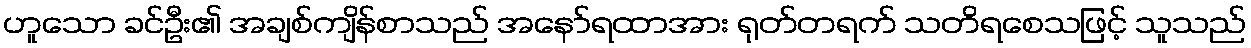
ဟူသော ခင်ဦး၏ အချစ်ကျိန်စာသည် အနော်ရထာအား ရုတ်တရက် သတိရစေသဖြင့် သူသည်